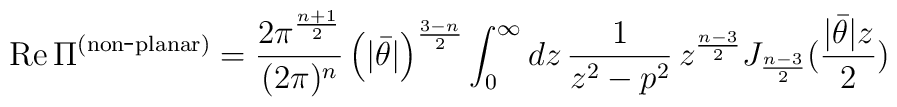
{\rm Re}\,\Pi^{\rm (non\hbox{-}planar)} =\frac{2\pi^{\frac{n+1}{2}}}{(2\pi)^{n}}\left(|\bar{\theta}|\right)^{\frac{3-n}{2}}  \int_{0}^{\infty}dz\,\frac{1}{z^{2}-p^{2}}\,z^{\frac{n-3}{2}} J_{\frac{n-3}{2}}(\frac{|\bar{\theta}|z}{2})